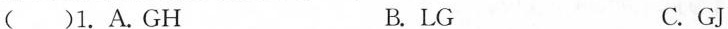
( )1.A.GH B. LG C.GJ